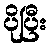
ပိုပြီး